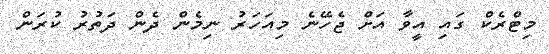
މިޓްރެކް ގައި އީވާ އަށް ޖެހޭނެ މިއަހަރު ނިމެން ދެން ދަތުރު ކުރަން